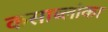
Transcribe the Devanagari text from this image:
कसाब्लांका